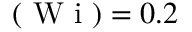
( \mathrm { ~ W ~ i ~ } ) = 0 . 2